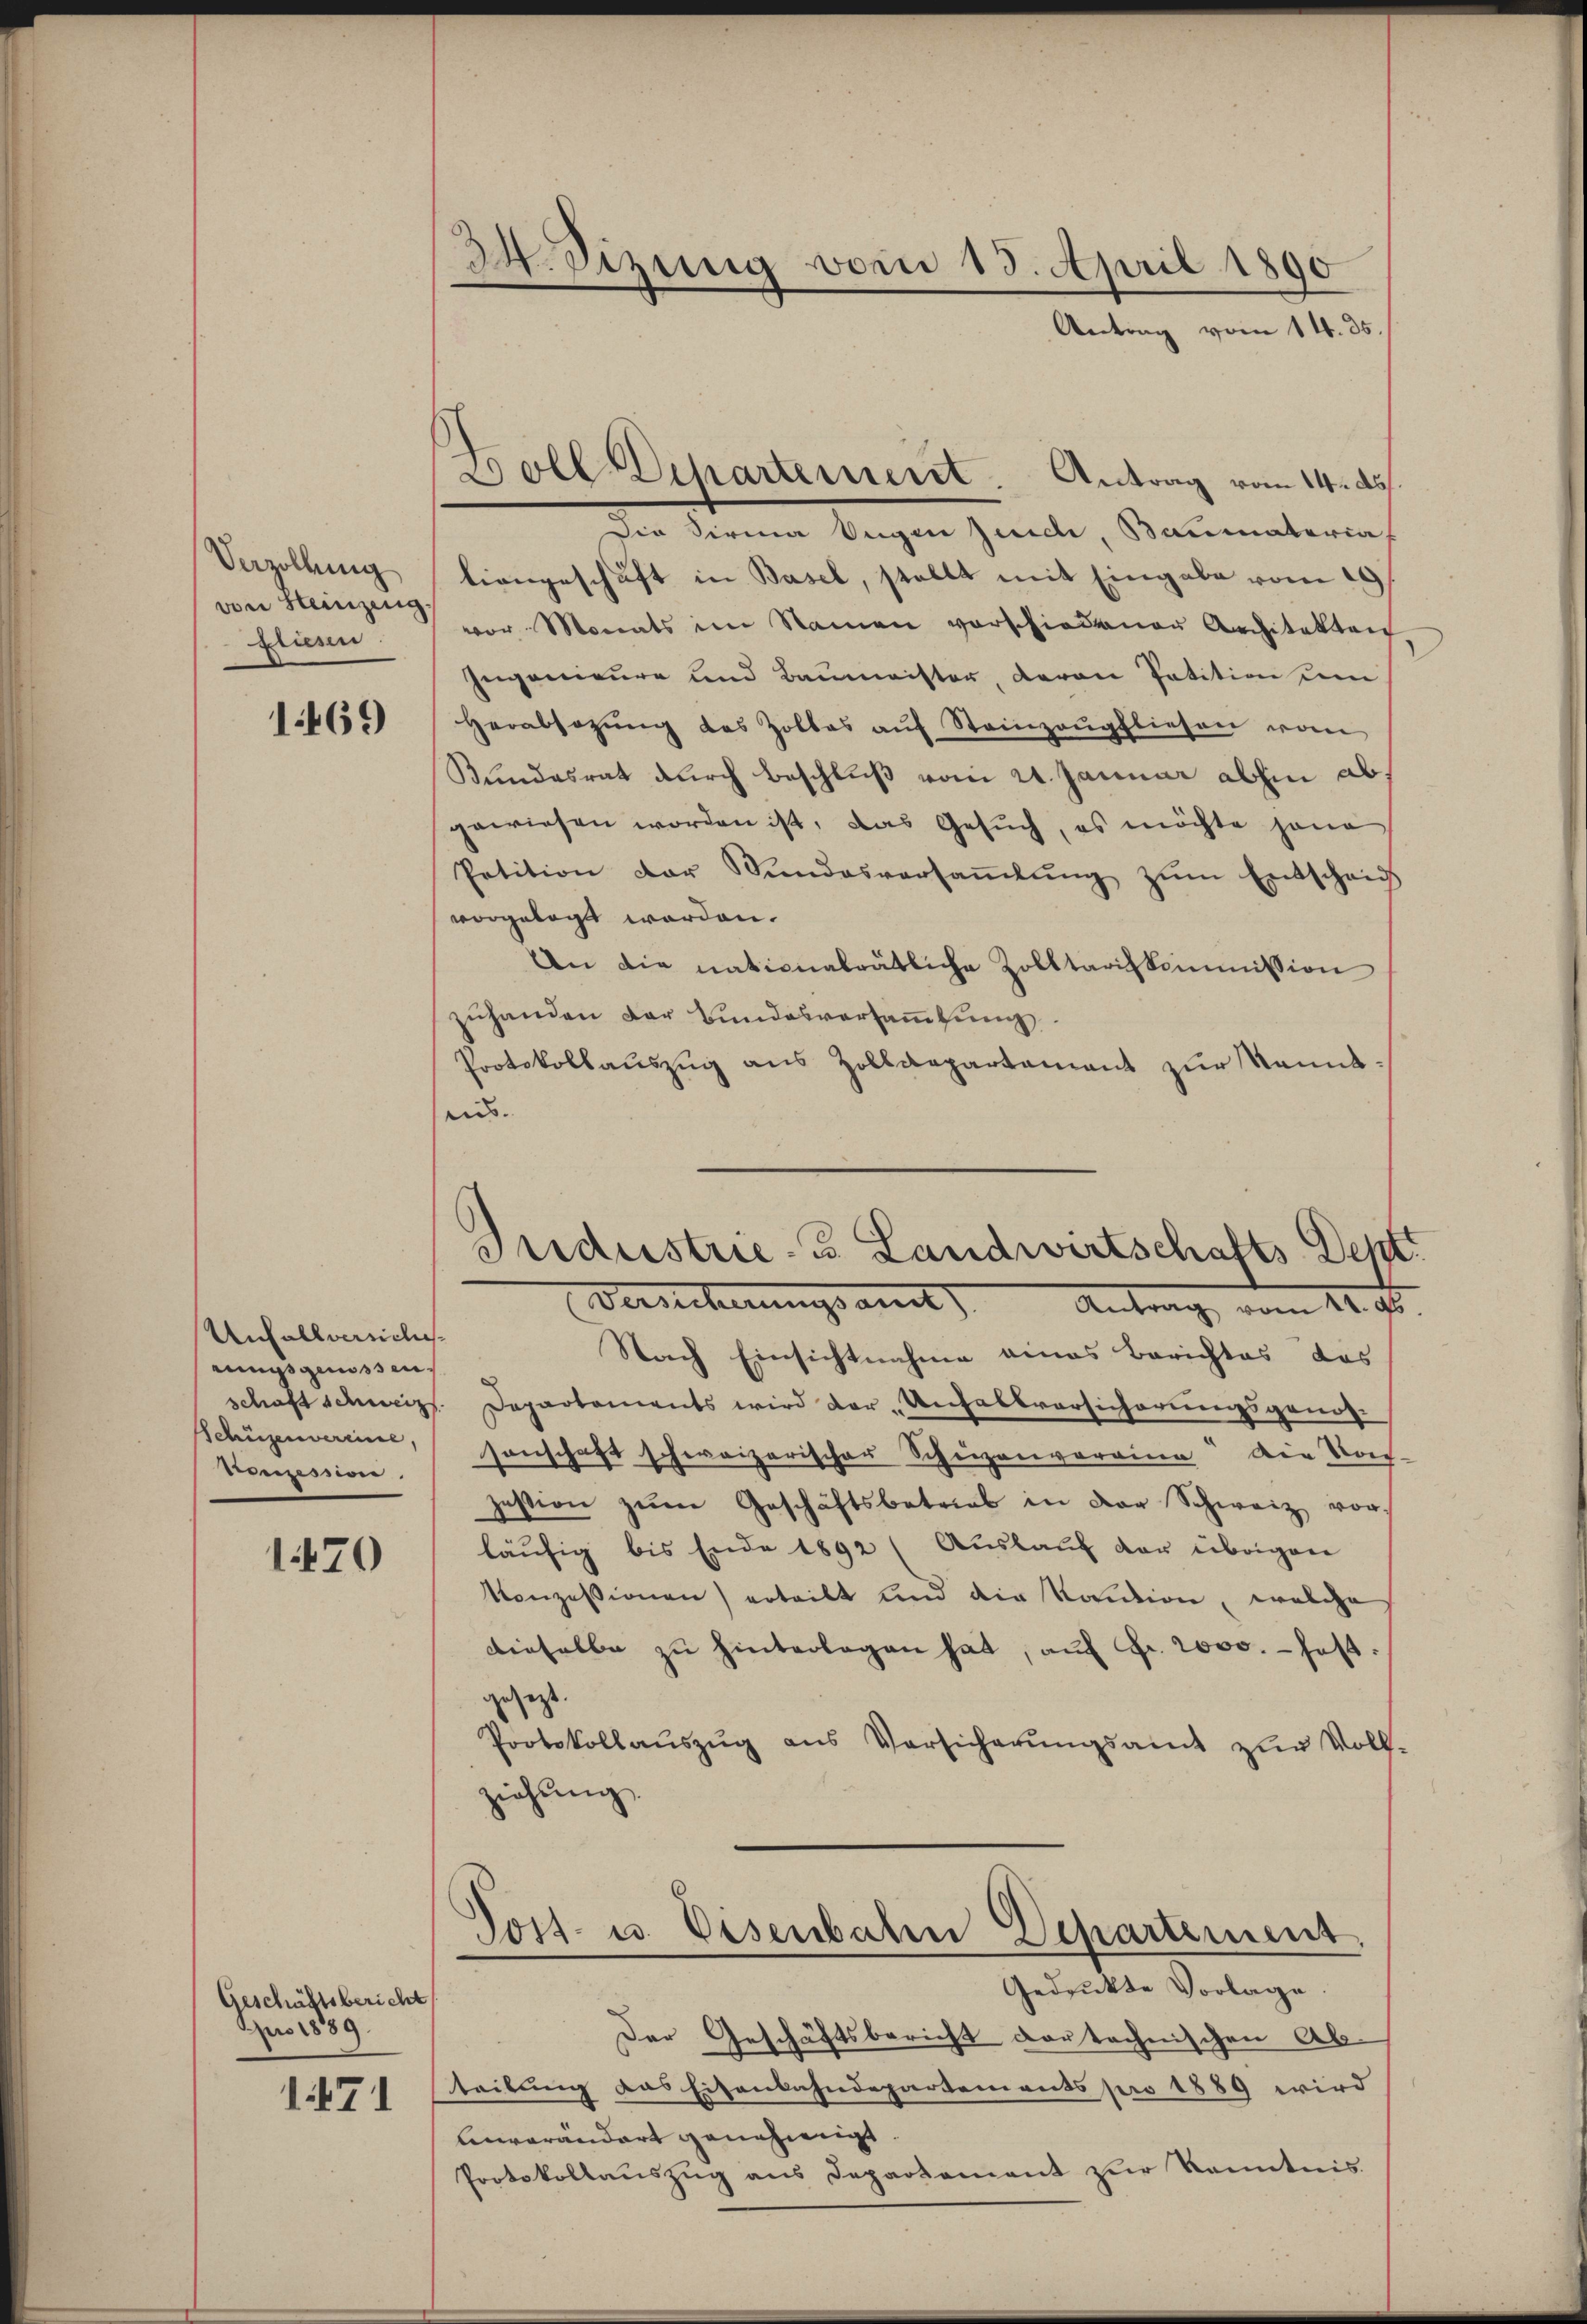
Verzöllung
von Heinzing,
fliesen.

1469

Unfallversich
rungsgenossen¬
Schüzenvereine,
Bronzession.

1470

Geschäftsbericht
Juo 1889.

1471

34 Sizung vom 13. April 1890
Antrag vom 14. 35.

Boll Departement. Antrag vom 14. ds.

Industrie-B. Landwirtschafts-Deptt
Versicherungsamt Antrag vom 14. ds.

Die Sirma Eugen Junici, Baumateria
tiengeschäft in Basel, stellt mit Eingabe vom 19.
vor Monats im Namen vorschiedenen Architekten
Ingenieure und Baumeister, deron Patition um
Herabsozŭng des Zolles aŭf Steinzeŭgfliesen vom
Bundesrat durch Beschluß vom 24. Januar abhin ab,
gewiesen worden ist, das Gesŭch, es möchte jene
Petition der Stundesversaṁlŭng zŭm Entscheid
vorgelegt worden.
An die nationalrätliche Zolltariskommission
zŭhanden der Bundesversaṁlŭng
Protokollauszug aus Zolldepartament zur Kenntais.
Nach Einsichtnahme eines Berichtes das
schaft schweiz. Departements wird der Anfallversicherungsgang
sonschaft schweizerischer Schuzenveraine Die Kon-
zession zŭm Geschäftsbetrieb in der Schweiz vor-
läufig bis Ende 1892 (Auslauf der übrigen
Konzessionen) erteilt und die Kaution, welche
dieselbe zu hinterlagen hat, aŭf Fr. 2000. - hast.
gesagt.
Protokollaŭszŭg aŭs Versicherŭngsamt zŭr Voll-
ziehung,
Tost- u. Eisenbahn Departement.
Gedruckte Vorlage.
Der Geschäftsbericht dar technischen Ab-
teilung das Eisenbahndepartements pro 1889 wird
Einverändert genehmigt.
Protokollaŭszŭg ans Departement zur Kenntnis.